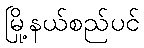
မြို့နယ်စည်ပင်